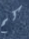
كم